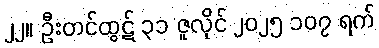
၂၂။ ဦးတင်ထွဋ် ၃၁ ဇူလိုင် ၂၀၂၅ ၁၀၇ ရက်